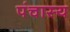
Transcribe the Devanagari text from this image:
पंचास्य